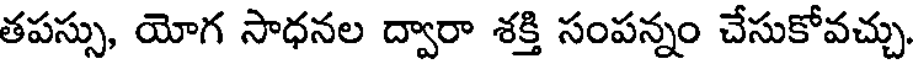
తపస్సు, యోగ సాధనల ద్వారా శక్తి సంపన్నం చేసుకోవచ్చు.